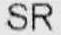
SR